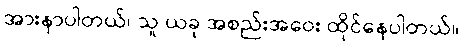
အားနာပါတယ်၊ သူ ယခု အစည်းအဝေး ထိုင်နေပါတယ်။